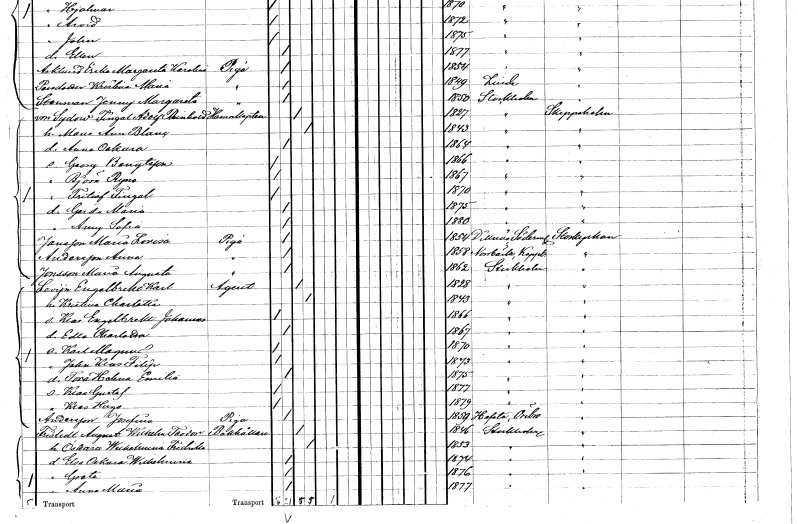
gt_parse: households: individuals: FN: Fingal Adolf Reinhold
EN: von Sydow
YRKE: Hamnkapten
KON: M
CIV: G
FODAR: 1827
FODFORS: Stockholm
FN: Maria Anna Blance
KON: K
CIV: G
FODAR: 1843
FODFORS: Stockholm
FN: Anna Oskara
KON: K
CIV: O
FODAR: 1864
FODFORS: Stockholm
FN: Georg
EN: Bengtsson
KON: M
CIV: O
FODAR: 1866
FODFORS: Stockholm
FN: Björn Ryno
KON: M
CIV: O
FODAR: 1867
FODFORS: Stockholm
FN: Fritiof Fingal
KON: M
CIV: O
FODAR: 1870
FODFORS: Stockholm
FN: Gerda Maria
KON: K
CIV: O
FODAR: 1875
FODFORS: Stockholm
FN: Anna Sofia
KON: K
CIV: O
FODAR: 1880
FODFORS: Stockholm
FN: Maria Lovisa
EN: Jansson
YRKE: Piga
KON: K
CIV: O
FODAR: 1854
FODFORS: Dillnäs Södermanlands län
FN: Anna
EN: Andersson
YRKE: Piga
KON: K
CIV: O
FODAR: 1858
FODFORS: Norrbärke Kopparbergs län
FN: Maria Augusta
EN: Jonsson
YRKE: Piga
KON: K
CIV: O
FODAR: 1862
FODFORS: Stockholm
FN: Engelbrekt Karl
EN: Levijn
YRKE: Agent
KON: M
CIV: G
FODAR: 1828
FODFORS: Stockholm
FN: Kristina Charlotta
KON: K
CIV: G
FODAR: 1843
FODFORS: Stockholm
FN: Klas Engelbrekt Johannes
KON: M
CIV: O
FODAR: 1866
FODFORS: Stockholm
FN: Edla Charlotta
KON: K
CIV: O
FODAR: 1867
FODFORS: Stockholm
FN: Karl Magnus
KON: M
CIV: O
FODAR: 1870
FODFORS: Stockholm
FN: John Klas Filip
KON: M
CIV: O
FODAR: 1873
FODFORS: Stockholm
FN: Tora Helena Emilia
KON: K
CIV: O
FODAR: 1875
FODFORS: Stockholm
FN: Klas Gustaf
KON: M
CIV: O
FODAR: 1877
FODFORS: Stockholm
FN: Klas Hugo
KON: M
CIV: O
FODAR: 1879
FODFORS: Stockholm
FN: Josefina
EN: Andersson
YRKE: Piga
KON: K
CIV: O
FODAR: 1859
FODFORS: Hovsta Örebro län
FN: August Wilhelm Teodor
EN: Fristedt
YRKE: Bokhållare
KON: M
CIV: G
FODAR: 1846
FODFORS: Stockholm
FN: Oskara Wilhelmina Fredrika
KON: K
CIV: G
FODAR: 1853
FODFORS: Stockholm
FN: Elsa Oskara Wilhelmina
KON: K
CIV: O
FODAR: 1874
FODFORS: Stockholm
FN: Greta
KON: K
CIV: O
FODAR: 1876
FODFORS: Stockholm
FN: Anna Maria
KON: K
CIV: O
FODAR: 1877
FODFORS: Stockholm